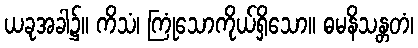
ယခုအခါ၌။ ကိသံ၊ ကြုံသောကိုယ်ရှိသော။ ဓမနိသန္တတံ၊